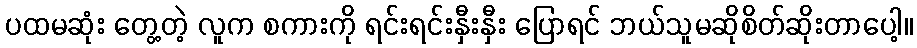
ပထမဆုံး တွေ့တဲ့ လူက စကားကို ရင်းရင်းနှီးနှီး ပြောရင် ဘယ်သူမဆိုစိတ်ဆိုးတာပေါ့။